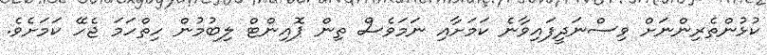
ކުޅުންތެރިންނަށް ވިސްނަދީފައިވާނެ ކަމަށާއި ނަމަވެސް ތިން ޕޮއިންޓް ލިބުމުން ހިތްހަމަ ޖެހޭ ކަމަށެވެ.